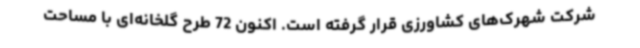
شرکت شهرک‌های کشاورزی قرار گرفته است. ‌اکنون 72 طرح گلخانه‌ای با مساحت